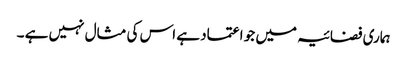
ہماری فضائیہ میں جو اعتماد ہے اس کی مثال نہیں ہے ۔